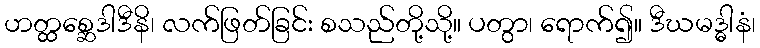
ဟတ္ထစ္ဆေဒါဒီနိ၊ လက်ဖြတ်ခြင်း စသည်တို့သို့။ ပတွာ၊ ရောက်၍။ ဒီဃမဒ္ဓါနံ၊